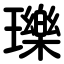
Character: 瓅